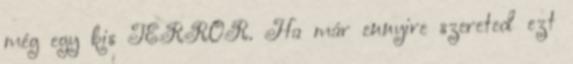
még egy kis TERROR. Ha már ennyire szereted ezt